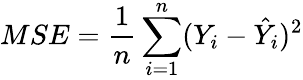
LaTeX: MSE=\frac{1}{n}\sum_{i=1}^{n}(Y_{i}-\hat{Y}_{i})^{2}